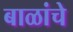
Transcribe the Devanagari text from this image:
बाळांचे